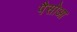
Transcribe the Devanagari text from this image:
पैसोआ